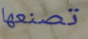
تصنعها